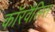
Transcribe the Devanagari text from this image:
कॉरवैलिस